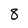
Character: 8